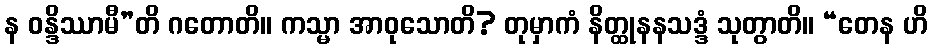
န ဝန္ဒိဿာမီ”တိ ဂတောတိ။ ကသ္မာ အာဝုသောတိ? တုမှာကံ နိတ္ထုနနသဒ္ဒံ သုတွာတိ။ “တေန ဟိ